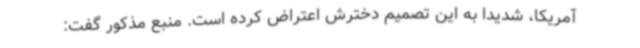
آمریکا، شدیدا به این تصمیم دخترش اعتراض کرده است. منبع مذکور گفت: